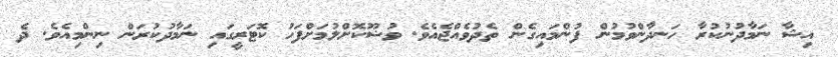
އިޝާ ނަމާދުނުކުރާ ހަނދާންވުމުން ފުންމައިގެން ތެދުވެއްޖެއެވެ. ވުޟޫކޮށްލުމަށްފަހު ކޮޓަރީގައި ނަމާދުކުރަން ނިންމިއެވެ. ދެ